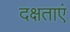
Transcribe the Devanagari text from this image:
दक्षताएं